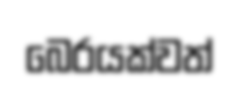
බෙරයක්වත්